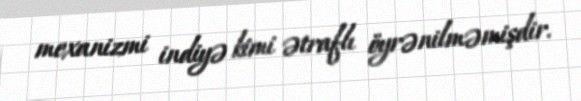
mexanizmi indiyə kimi ətraflı öyrənilməmişdir.